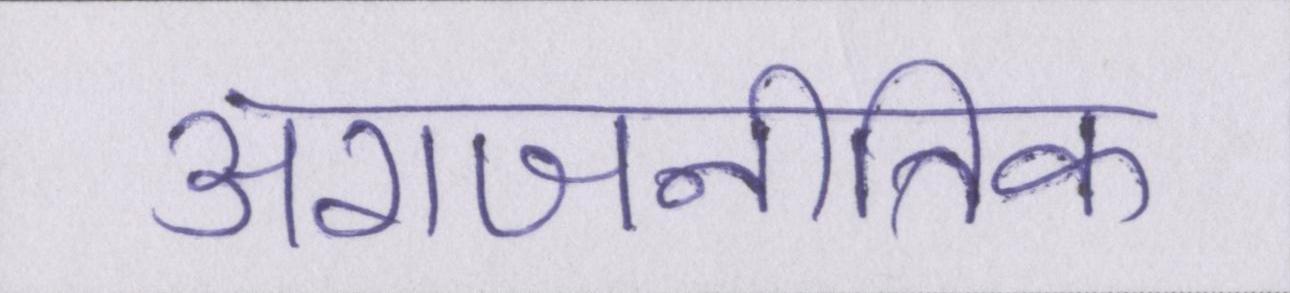
अराजनीतिक